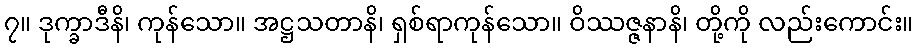
၇။ ဒုက္ခာဒီနိ၊ ကုန်သော။ အဋ္ဌသတာနိ၊ ရှစ်ရာကုန်သော။ ဝိဿဇ္ဇနာနိ၊ တို့ကို လည်းကောင်း။